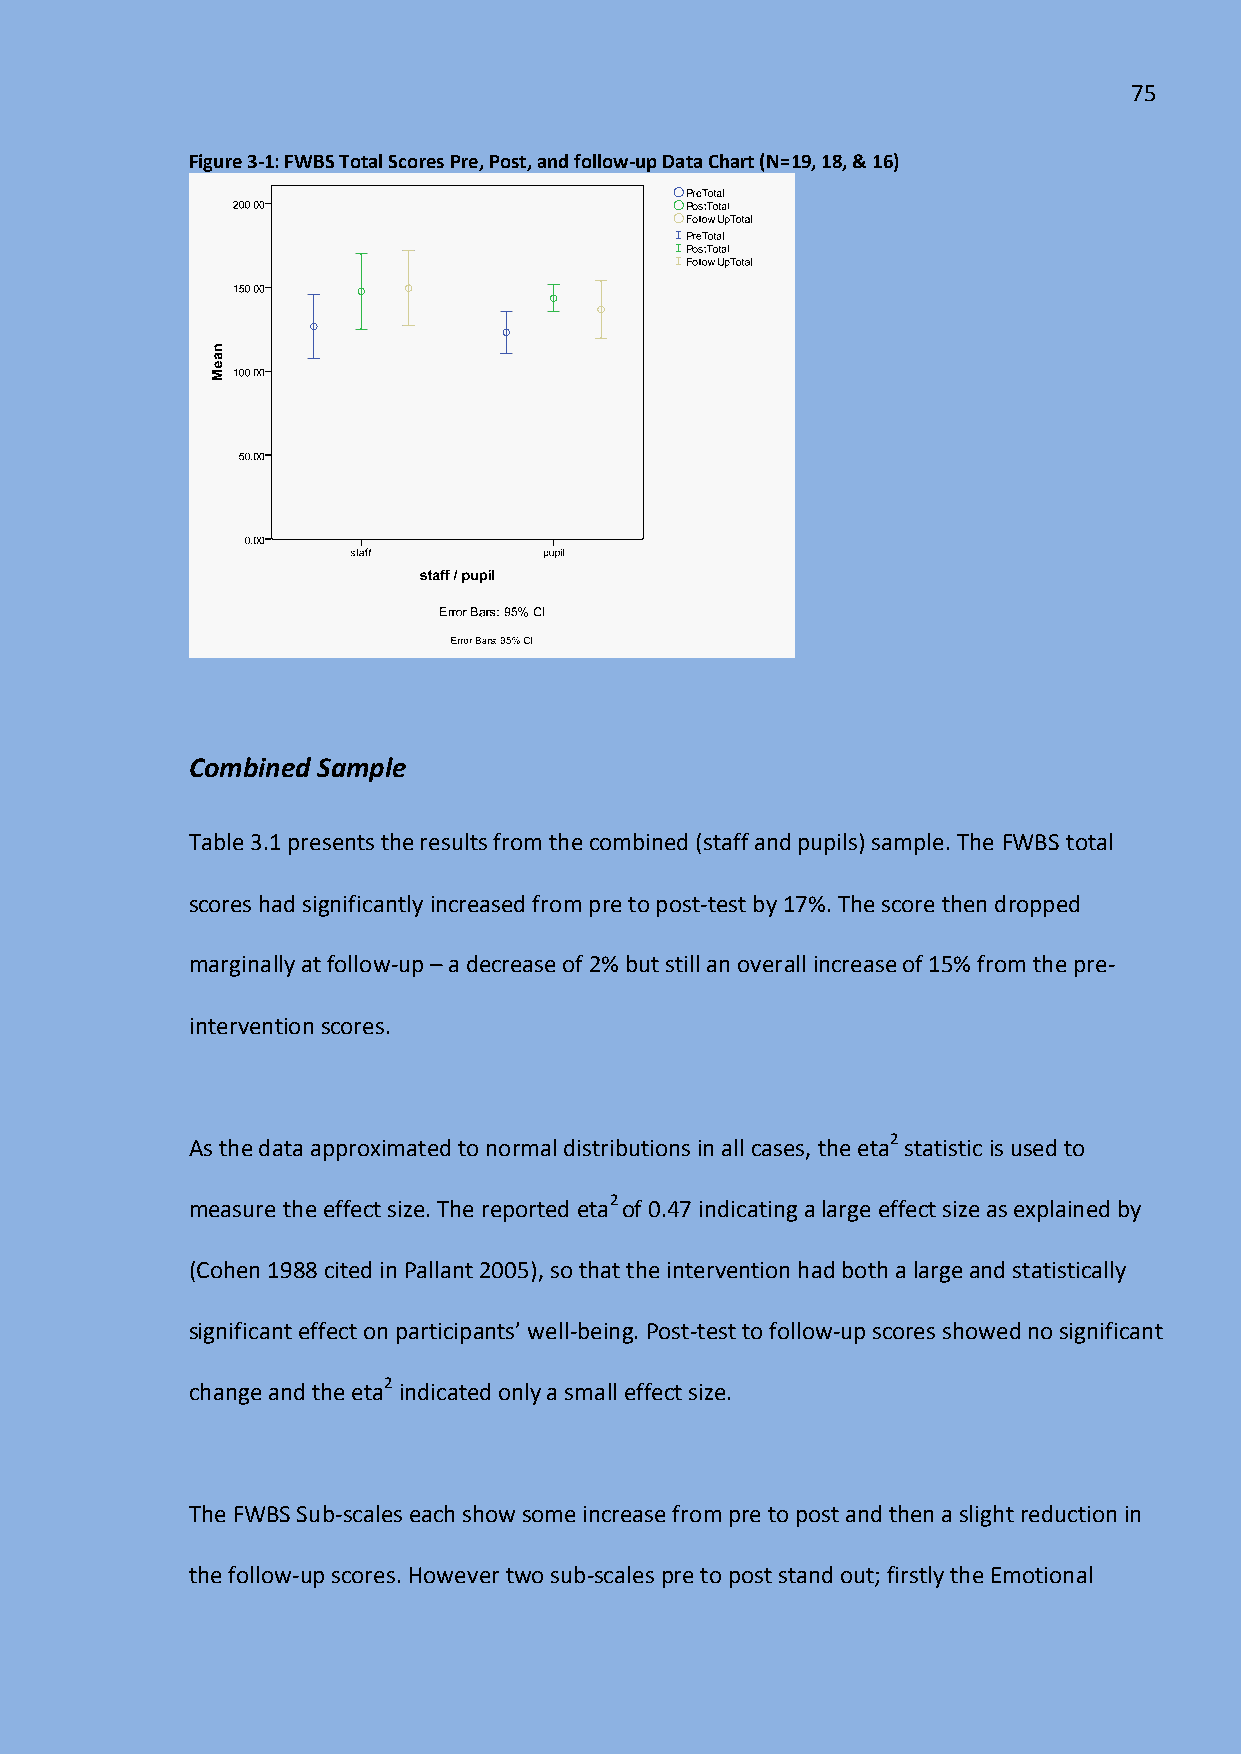
75
 Figure 3-1: FWBS Total Scores Pre, Post, and follow-up Data Chart (N=19, 18, & 16)
 Combined Sample
 Table 3.1 presents the results from the combined (staff and pupils) sample. The FWBS total
 scores had significantly increased from pre to post-test by 17%. The score then dropped
 marginally at follow-up – a decrease of 2% but still an overall increase of 15% from the pre-
 intervention scores.
 As the data approximated to normal distributions in all cases, the eta2 statistic is used to
 measure the effect size. The reported eta2 of 0.47 indicating a large effect size as explained by
 (Cohen 1988 cited in Pallant 2005), so that the intervention had both a large and statistically
 significant effect on participants’ well-being. Post-test to follow-up scores showed no significant
 change and the eta2 indicated only a small effect size.
 The FWBS Sub-scales each show some increase from pre to post and then a slight reduction in
 the follow-up scores. However two sub-scales pre to post stand out; firstly the Emotional